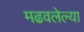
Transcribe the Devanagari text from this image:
मढवलेल्या